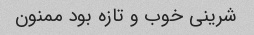
شرینی خوب و تازه بود ممنون